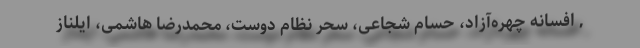
, افسانه چهره‌آزاد، حسام شجاعی، سحر نظام دوست، محمدرضا هاشمی، ایلناز